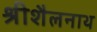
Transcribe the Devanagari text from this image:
श्रीशैलनाथ